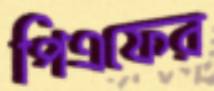
পিএফের